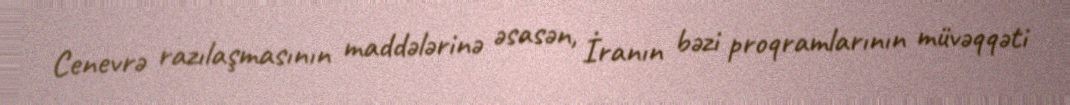
Cenevrə razılaşmasının maddələrinə əsasən, İranın bəzi proqramlarının müvəqqəti